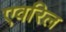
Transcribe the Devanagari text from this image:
एवरिल